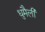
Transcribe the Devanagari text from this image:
धुमैली